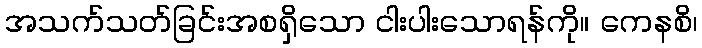
အသက်သတ်ခြင်းအစရှိသော ငါးပါးသောရန်ကို။ ကေနစိ၊